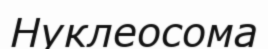
Нуклеосома